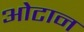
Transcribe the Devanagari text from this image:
ओटान